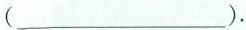
（___）.